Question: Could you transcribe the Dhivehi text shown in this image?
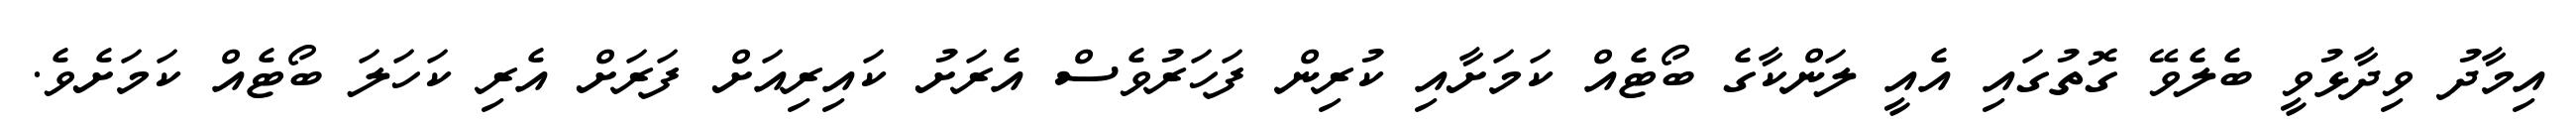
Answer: އިމާދު ވިދާޅުވީ ބެލެވޭ ގޮތުގައި އެއީ ލަންކާގެ ބޯޓެއް ކަމަށާއި ކުރިން ފަހަރުވެސް އެރަށު ކައިރިއަށް ފަރަށް އެރި ކަހަލަ ބޯޓެއް ކަމަށެވެ.